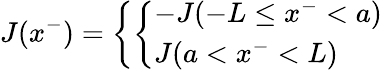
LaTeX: J(x^{-})=\left\{ \left\{ \begin{array}{ll}{{-J(-L\le x^{-}<a)}}\\ {{J(a<x^{-}<L)}}\end{array}\right.\right.